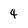
Character: 4